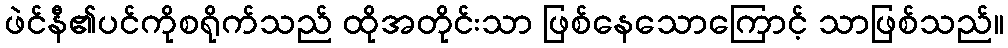
ဖဲင်နီ၏ပင်ကိုစရိုက်သည် ထိုအတိုင်းသာ ဖြစ်နေသောကြောင့် သာဖြစ်သည်။